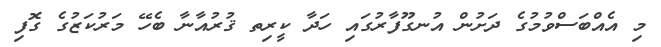
މި އެއްބަސްވުމުގެ ދަށުން އުނގޫފާރުގައި ހަދާ ކީރިތ ޤުރުއާނާ ބެހޭ މަރުކަޒުގެ ގޮފި